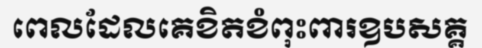
ពេលដែលគេខិតខំពុះពារឧបសគ្គ